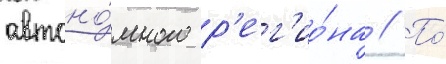
автоно́много р'ег'ио́на // По́